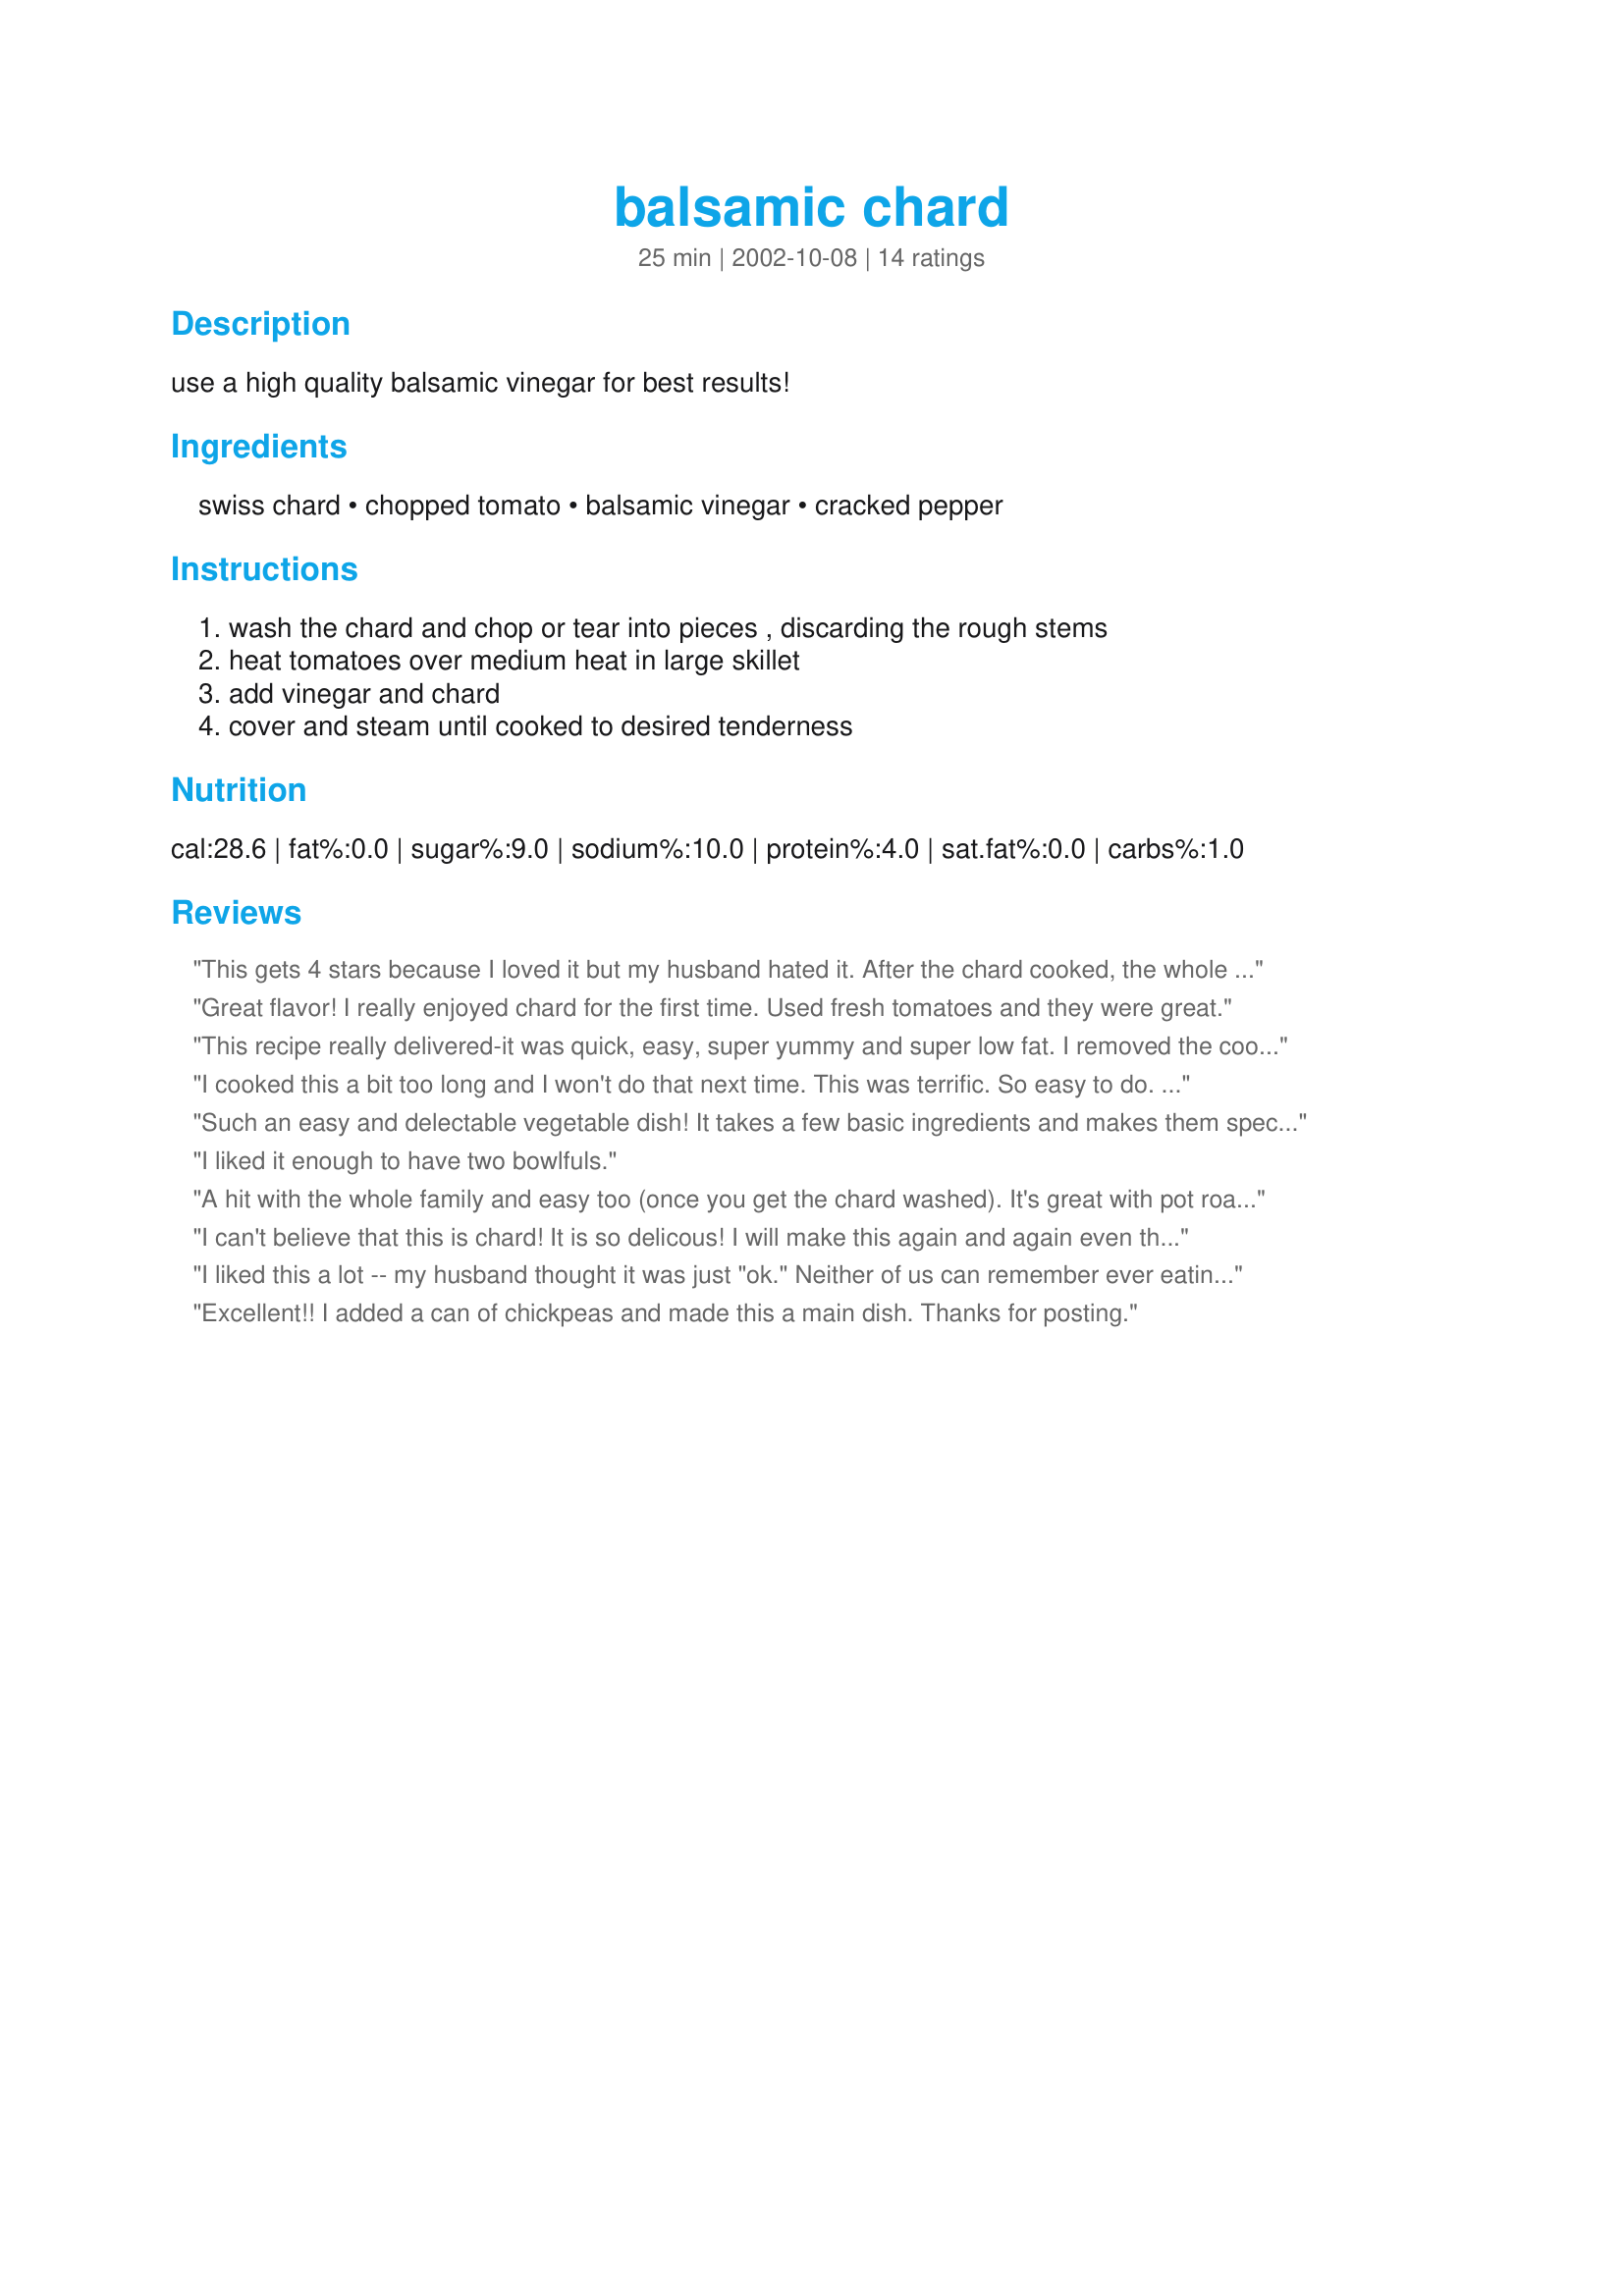
balsamic chard
Preparation time: 25 minutes

use a high quality balsamic vinegar for best results!

Ingredients:
swiss chard, chopped tomato, balsamic vinegar, cracked pepper

Steps:
wash the chard and chop or tear into pieces , discarding the rough stems, heat tomatoes over medium heat in large skillet, add vinegar and chard, cover and steam until cooked to desired tenderness

Reviews:
This gets 4 stars because I loved it but my husband hated it.

After the chard cooked, the whole mix was really runny. I took the chard and tomatoes out with a slotted spoon and then turned up the heat to reduce the tomato/balsamic combo.
Great flavor! I really enjoyed chard for the first time. Used fresh tomatoes and they were great.
This recipe really delivered-it was quick, easy, super yummy and super low fat. I removed the cooked chard and reduced the liquid as was suggested in another review. We just planted chard, so I'll be making this again thanks.
I cooked this a bit too long and I won't do that next time. This was terrific. So easy to do. A bit of a different vegetable to serve. Thanks GinnP.
Such an easy and delectable vegetable dish! It takes a few basic ingredients and makes them special -- and colorful too! We added 1 Tbsp of olive oil for dietary reasons, but it would stand alone just fine.
I liked it enough to have two bowlfuls.
A hit with the whole family and easy too (once you get the chard washed). It's great with pot roast. Alternatively, I love Zesti_V's idea to throw in a can of chickpeas and make a meal of it. I included the stems -- just chopped them into small pieces and added them to the tomatoes first, let them cook a bit before adding the chopped leaves.
I can't believe that this is chard! It is so delicous! I will make this again and again even the hubby and kids ate it. I used a can of stewed tomatoes instead of peeled and chopped.
I liked this a lot -- my husband thought it was just "ok." Neither of us can remember ever eating chard before, so maybe he just doesn't like it... so I'm giving it a 5 anyway. =] It's very easy and quick!
Excellent!! I added a can of chickpeas and made this a main dish. Thanks for posting.
Delicious and looked great too. We call it silverbeet here and its one of my favourite vegetables, I ususally steam it and add some cream and maybe a even a few mushrooms so it was quite a change for us cooked this way.
Very tasty, thanks for sharing.
Such a simple recipe and sooo delicious!! The balsamic vinegar adds soo much flavour to the chard and tomatoes, we loved it!
will be making this one again, thanks for sharing a keeper.
It was excellent :-)
A delicious side dish. Once the chard is prepped, quick and easy. Couldn't ask for more. This recipe delivers!
